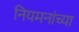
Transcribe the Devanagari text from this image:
नियमनांच्या